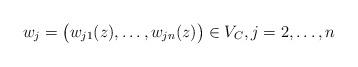
LaTeX: \begin{align*}w_j=\bigl(w_{j1}(z),\dots, w_{jn}(z)\bigr)\in V_C, j=2,\dots, n\end{align*}